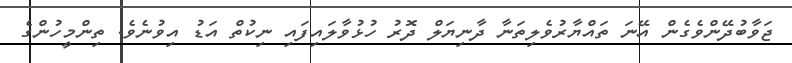
ޖަވާބުދޭންވެގެން އޭނަ ތައްޔާރުވެލިތަނާ ދާނިޔަލް ދޮރު ހުޅުވާލައިފައި ނިކުތް އަޑު އިވުނެވެ. ތިންމީހުންގެ